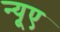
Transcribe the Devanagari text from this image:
न्‍यूए